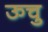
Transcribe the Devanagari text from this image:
ऊचु